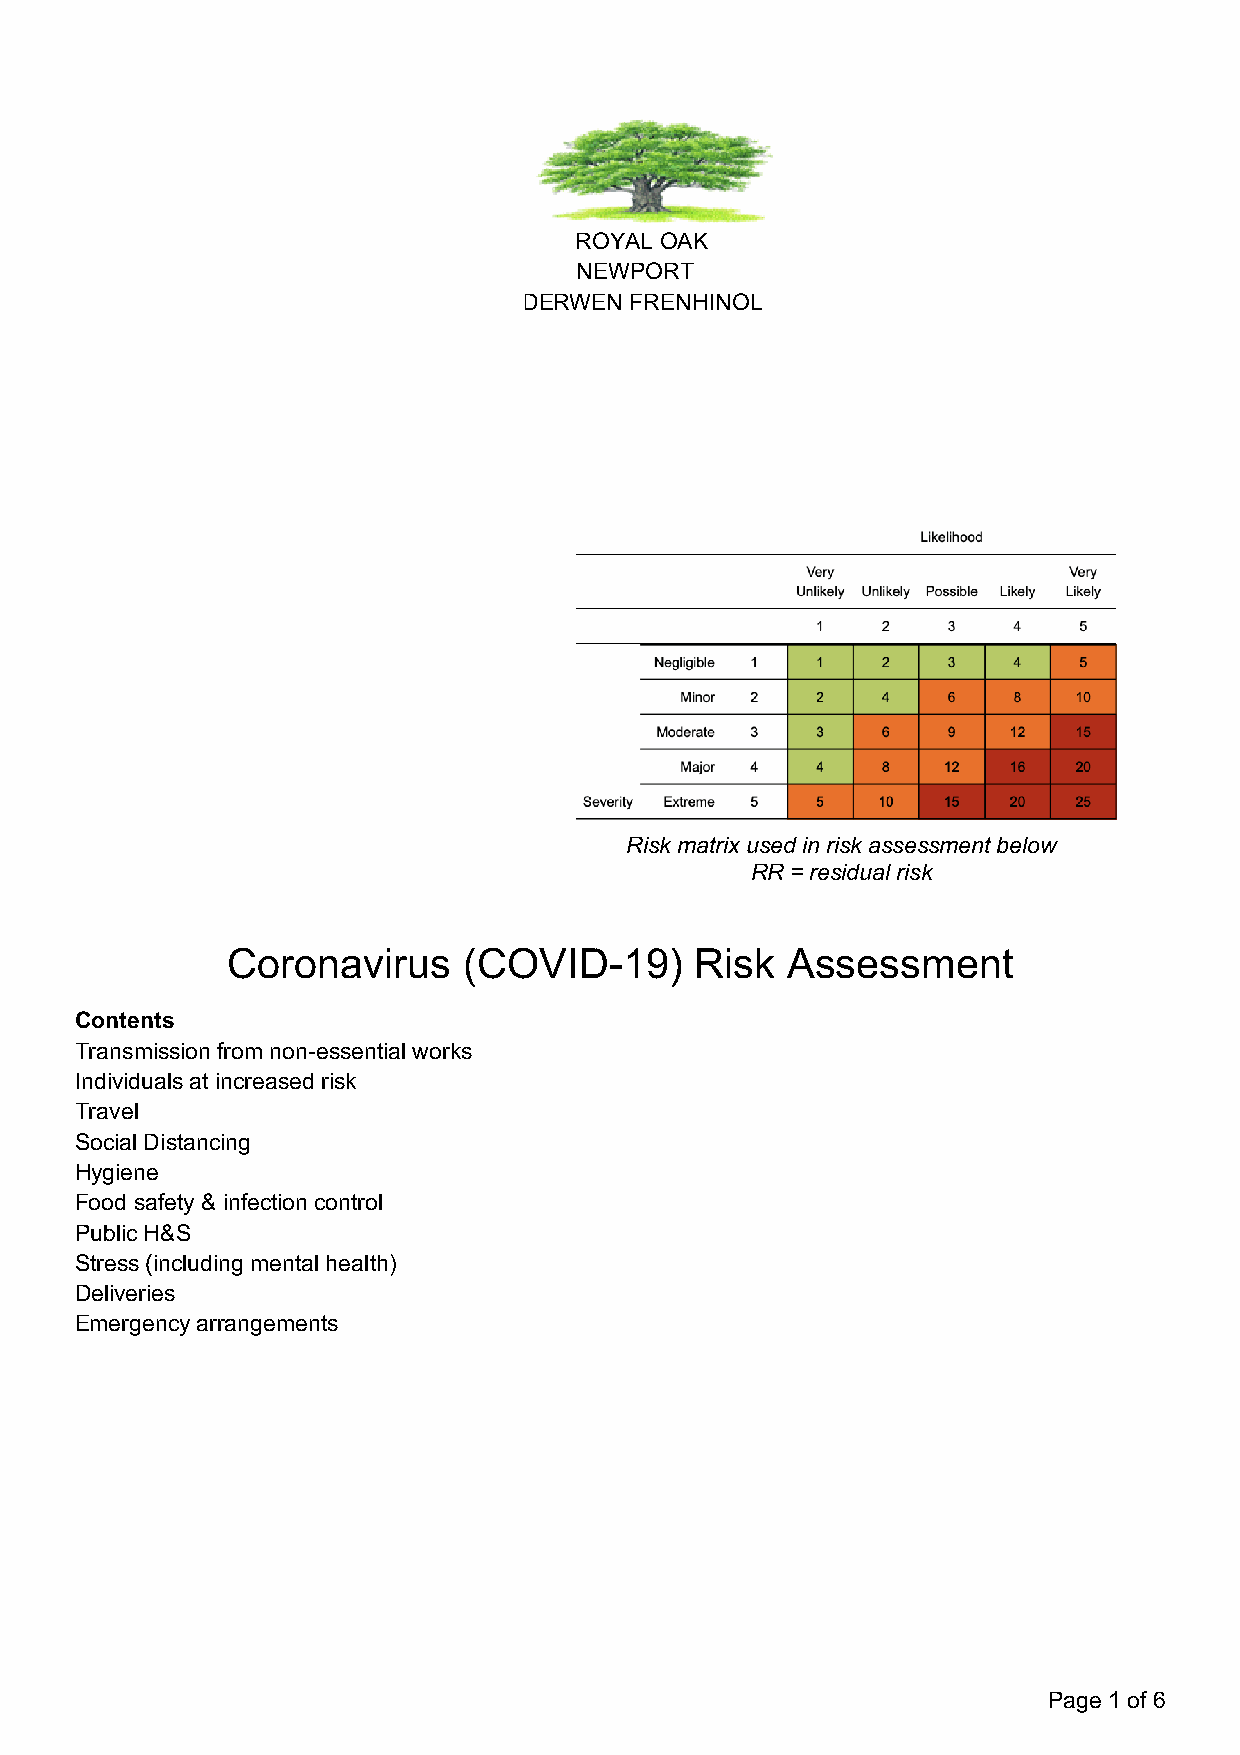
RO    ROYAL OAK
 N     NEWPORT
 Y D DERWEN FRENHINOL
 Risk matrix used in risk assessment below
 RR = residual risk
 Coronavirus     (COVID-19)     Risk  Assessment
 Contents
 Transmission from non-essential works
 Individuals at increased risk
 Travel
 Social Distancing
 Hygiene
 Food safety & infection control
 Public H&S
 Stress (including mental health)
 Deliveries
 Emergency arrangements
 Page 1 of 6